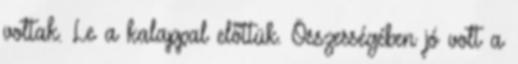
voltak. Le a kalappal előttük. Összességében jó volt a